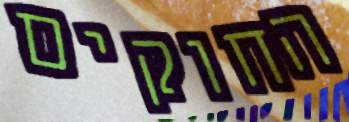
החוקים